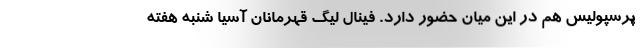
پرسپولیس هم در این میان حضور دارد. فینال لیگ قهرمانان آسیا شنبه هفته